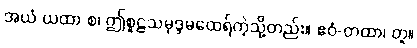
အယံ ယထာ စ၊ ဤစူဠသမုဒ္ဒမထေရ်ကဲ့သို့တည်း။ ဧဝံ-တထာ၊ တူ။